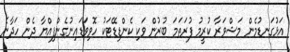
އަޅުގަނޑުމެން މަޝްވަރާ ކުރީމު ފުރަތަމަ ބުރުން ވަކި ކެންޑިޑޭޓަކު ހޮވިވަޑައިނުގެންފިއްޔާ ދެން ހަދާނެ